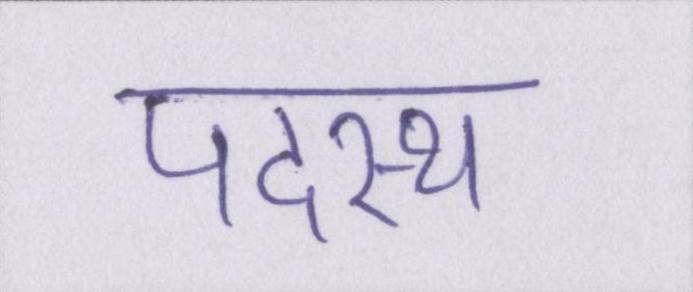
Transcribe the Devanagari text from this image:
पदस्थ